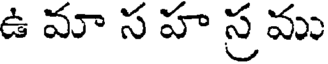
ఉ మా స హ స్ర ము